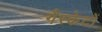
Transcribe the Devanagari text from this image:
गैस्केटों